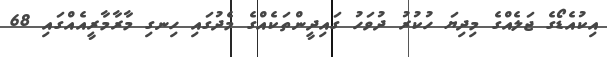
އިކުއެޑޯގެ ޖަލެއްގެ މިދިޔަ ހުކުރު ދުވަހު ގައިދީންތަކެއްގެ މެދުގައި ހިނގި މާރާމާރީއެއްގައި 68